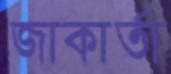
জাকার্তা